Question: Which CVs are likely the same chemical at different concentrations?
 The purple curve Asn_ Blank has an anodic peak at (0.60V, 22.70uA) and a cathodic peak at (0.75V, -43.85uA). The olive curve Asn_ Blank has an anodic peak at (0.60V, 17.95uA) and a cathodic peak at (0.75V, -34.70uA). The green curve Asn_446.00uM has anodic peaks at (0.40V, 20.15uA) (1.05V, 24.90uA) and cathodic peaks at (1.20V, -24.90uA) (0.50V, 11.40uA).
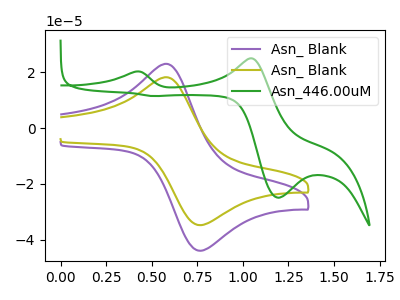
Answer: <think>All the peaks in "Asn_ Blank" have a peak in "Asn_ Blank" at the same potential. Every peak in "Asn_ Blank" is higher than every peak in "Asn_ Blank". "Asn_ Blank" and "Asn_446.00uM" have a different number of peaks. "Asn_ Blank" and "Asn_446.00uM" have a different number of peaks.
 </think>
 <answer>"Asn_ Blank" and "Asn_ Blank" have the same shape and are likely CV's of the same chemical.</answer>
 <eval>"Asn_ Blank" "Asn_ Blank"</eval>